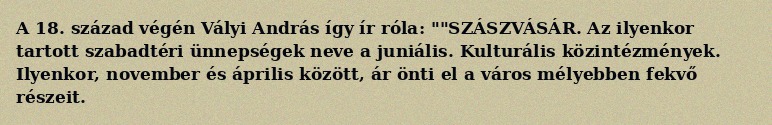
A 18. század végén Vályi András így ír róla: ""SZÁSZVÁSÁR. Az ilyenkor tartott szabadtéri ünnepségek neve a juniális. Kulturális közintézmények. Ilyenkor, november és április között, ár önti el a város mélyebben fekvő részeit.